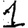
Digit: 1